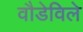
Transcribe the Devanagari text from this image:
वौडेविले